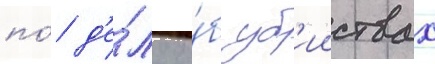
по́ д'е́лу о́б уб'ииствах